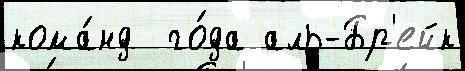
кома́нд  го́да аль-Бр'ейк